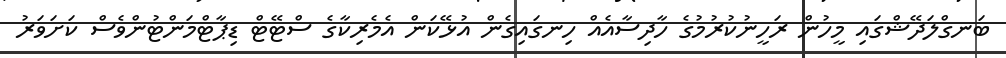
ބަނގްލަދޭޝްގައި މީހުން ރަހީނުކުރުމުގެ ހާދިސާއެއް ހިނގައިގެން އުޅޭކަން އެމެރިކާގެ ސްޓޭޓް ޑިޕާޓްމަންޓުންވެސް ކަށަވަރު